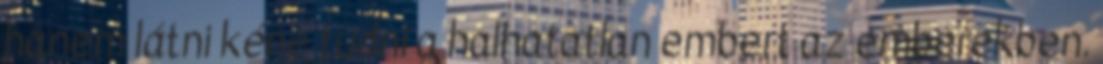
hanem látni kéne tudni a halhatatlan embert az emberekben.